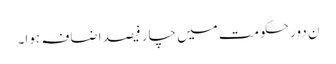
ن دور حکومت میں چار فیصد اضافہ ہوا۔